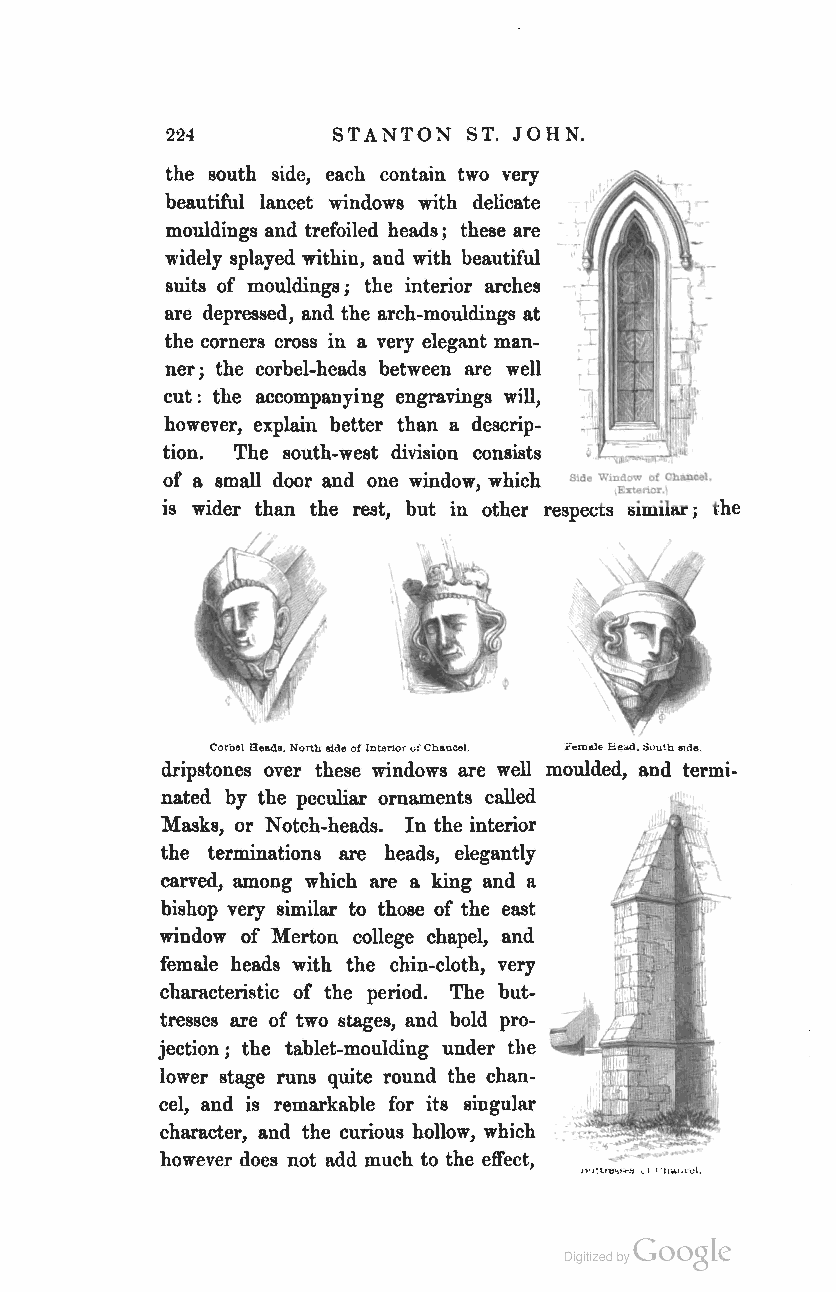
224        STANTON  ST. JOHN.
 the south side, each contain two very
 beautiful lancet windows with delicate
 mouldings and trefoiled heads; these are
 widely splayed within, and with beautiful
 suits of mouldings; the interior arches
 are depressed, and the arch-mouldings at
 the corners cross in a very elegant man
 ner; the corbel-heads between are well
 cut: the accompanying engravings will,
 however, explain better than a descrip
 tion. The south-west division consists
 of a small door and one window, which S,d. w'D:=n~~.CbUlCeI
 is wider than the rest, but in other respects similar; the
 Coroet Headl. North side of Interior of Cba.oeel F~ma1e He;Ld. South 8lde.
 dripstones over these windows are well moulded, and termi-
 nated by the peculiar ornaments called
 Masks, or Notch-heads. In the interior
 the terminations are heads, elegantly
 carved, among which are a king and a
 bishop very similar to those of the east
 window of Merton college chapel, and
 female heads with the chin-cloth, very
 characteristic of the period. The but
 tresses are of two stages, and bold pro
 jection j the tablet-moulding under the
 lower stage runs quite round the chan
 cel, and is remarkable for its singular
 character, and the curious hollow, which
 however does not add much to the effect,
 Coogle
 Digitized by